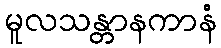
မူလသန္တာနကာနံ